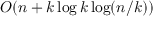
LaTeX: O ( n + k \log k \log ( n / k ) )